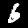
Label: 6